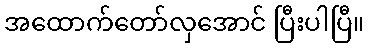
အထောက်တော်လှအောင် ပြီးပါပြီ။